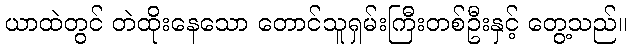
ယာထဲတွင် တဲထိုးနေသော တောင်သူရှမ်းကြီးတစ်ဦးနှင့် တွေ့သည်။